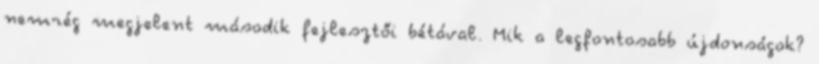
nemrég megjelent második fejlesztői bétával. Mik a legfontosabb újdonságok?